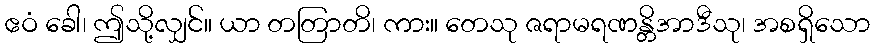
ဧဝံ ခေါ၊ ဤသို့လျှင်။ ယာ တတြာတိ၊ ကား။ တေသု ဇရာမရဏန္တိအာဒီသု၊ အစရှိသော